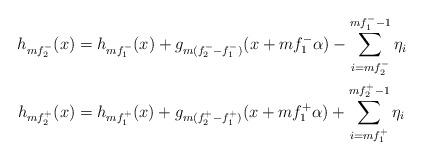
LaTeX: \begin{align*}h_{m f_2^-}(x) &= h_{m f_1^-}(x) + g_{m(f_2^--f_1^-)}(x + mf_1^- \alpha) - \sum_{i=mf_2^-}^{mf_1^- - 1} \eta_i \\h_{m f_2^+}(x) &= h_{m f_1^+}(x) + g_{m(f_2^+-f_1^+)}(x + mf_1^+ \alpha) + \sum_{i=mf_1^+}^{mf_2^+ - 1} \eta_i\end{align*}